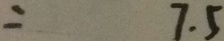
= 7 . 5